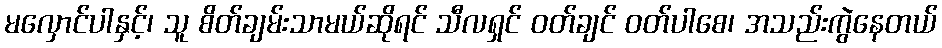
မလှောင်ပါနှင့်၊ သူ စိတ်ချမ်းသာမယ်ဆိုရင် သီလရှင် ဝတ်ချင် ဝတ်ပါစေ၊ အသည်းကွဲနေတယ်